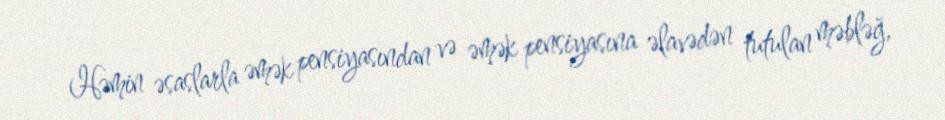
Həmin əsaslarla əmək pensiyasından və əmək pensiyasına əlavədən tutulan məbləğ,